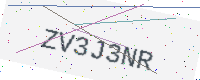
Text: ZV3J3NR